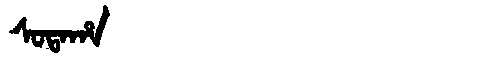
Manchu: ᠰᠣᡨᠠᡥᠠ
Romanization: SOTAHA